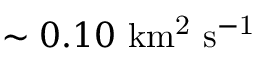
\sim 0 . 1 0 \ \mathrm { k m ^ { 2 } \ s ^ { - 1 } }